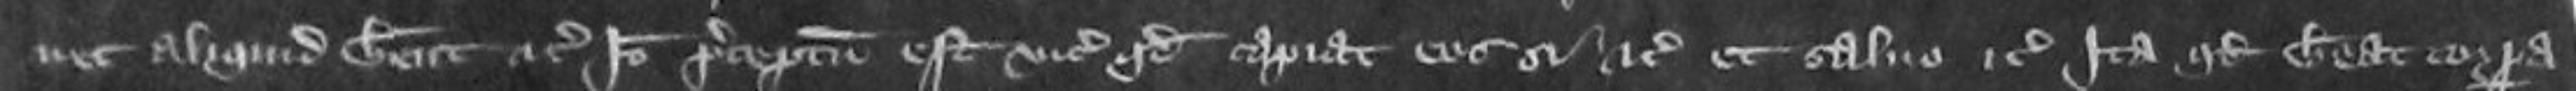
nec aliquid habent etc ideo preceptum est vicecomiti quod capiat eos si etc et salvo etc ita quod habeat corpora